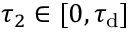
\tau _ { 2 } \in [ 0 , \tau _ { \mathrm { d } } ]